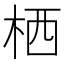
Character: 栖